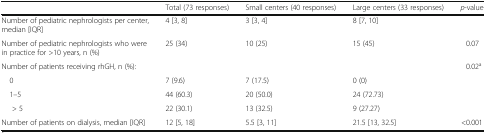
<table><thead><tr><td></td><td><b>Total (73 responses)</b></td><td><b>Small centers (40 responses)</b></td><td><b>Large centers (33 responses)</b></td><td><b><i>p</i>-value</b></td></tr></thead><tbody><tr><td>Number of pediatric nephrologists per center, median [IQR]</td><td>4 [3, 8]</td><td>3 [3, 4]</td><td>8 [7, 10]</td><td></td></tr><tr><td>Number of pediatric nephrologists who were in practice for &gt;10 years, n (%)</td><td>25 (34)</td><td>10 (25)</td><td>15 (45)</td><td>0.07</td></tr><tr><td>Number of patients receiving rhGH, n (%):</td><td></td><td></td><td></td><td rowspan="4">0.02<sup>a</sup></td></tr><tr><td> 0</td><td>7 (9.6)</td><td>7 (17.5)</td><td>0 (0)</td></tr><tr><td> 1–5</td><td>44 (60.3)</td><td>20 (50.0)</td><td>24 (72.73)</td></tr><tr><td>&gt; 5</td><td>22 (30.1)</td><td>13 (32.5)</td><td>9 (27.27)</td></tr><tr><td>Number of patients on dialysis, median [IQR]</td><td>12 [5, 18]</td><td>5.5 [3, 11]</td><td>21.5 [13, 32.5]</td><td>&lt;0.001</td></tr></tbody></table>